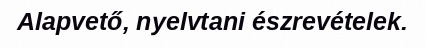
Alapvető, nyelvtani észrevételek.